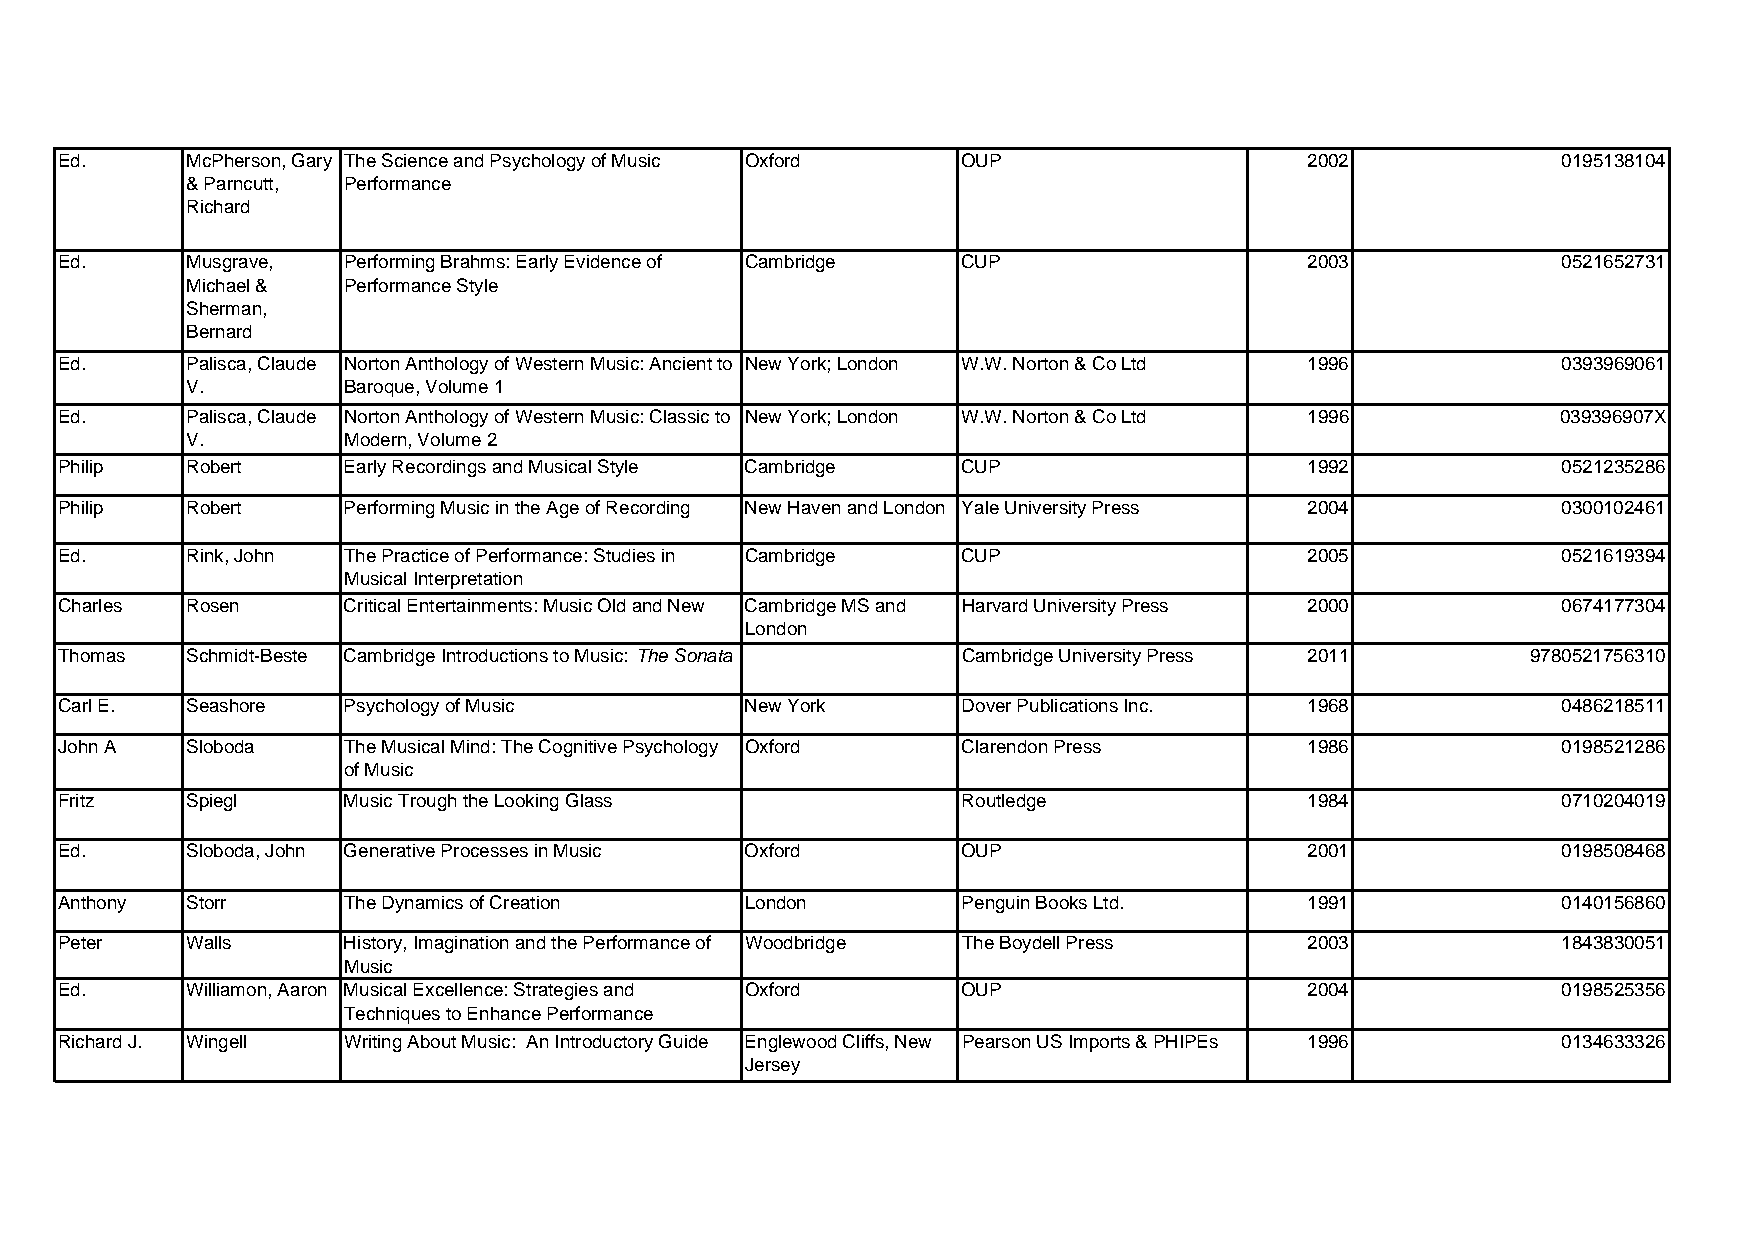
Ed.     McPherson, Gary The Science and Psychology of Music Oxford OUP             2002            0195138104
 & Parncutt, Performance
 Richard
 Ed.     Musgrave,  Performing Brahms: Early Evidence of Cambridge CUP              2003            0521652731
 Michael &  Performance Style
 Sherman,
 Bernard
 Ed.     Palisca, Claude Norton Anthology of Western Music: Ancient to New York; London W.W. Norton & Co Ltd 1996 0393969061
 V.         Baroque, Volume 1
 Ed.     Palisca, Claude Norton Anthology of Western Music: Classic to New York; London W.W. Norton & Co Ltd 1996 039396907X
 V.         Modern, Volume 2
 Philip  Robert     Early Recordings and Musical Style Cambridge CUP                1992            0521235286
 Philip  Robert     Performing Music in the Age of Recording New Haven and London Yale University Press 2004 0300102461
 Ed.     Rink, John The Practice of Performance: Studies in Cambridge CUP           2005            0521619394
 Musical Interpretation
 Charles Rosen      Critical Entertainments: Music Old and New Cambridge MS and Harvard University Press 2000 0674177304
 London
 Thomas  Schmidt-Beste Cambridge Introductions to Music: The Sonata Cambridge University Press 2011 9780521756310
 Carl E. Seashore   Psychology of Music       New York       Dover Publications Inc. 1968           0486218511
 John A  Sloboda    The Musical Mind: The Cognitive Psychology Oxford Clarendon Press 1986          0198521286
 of Music
 Fritz   Spiegl     Music Trough the Looking Glass           Routledge              1984            0710204019
 Ed.     Sloboda, John Generative Processes in Music Oxford  OUP                    2001            0198508468
 Anthony Storr      The Dynamics of Creation  London         Penguin Books Ltd.     1991            0140156860
 Peter   Walls      History, Imagination and the Performance of Woodbridge The Boydell Press 2003   1843830051
 Music
 Ed.     Williamon, Aaron Musical Excellence: Strategies and Oxford OUP             2004            0198525356
 Techniques to Enhance Performance
 Richard J. Wingell Writing About Music: An Introductory Guide Englewood Cliffs, New Pearson US Imports & PHIPEs 1996 0134633326
 Jersey